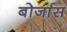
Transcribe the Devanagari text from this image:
बोर्जास